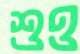
শুও